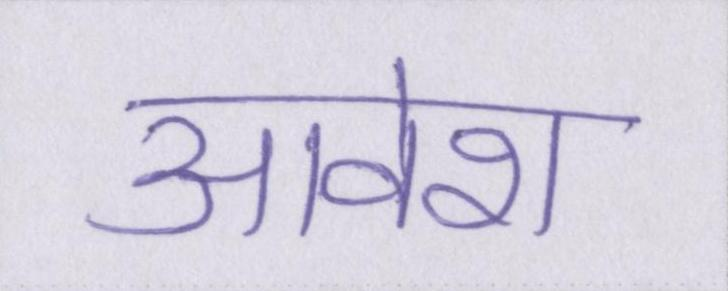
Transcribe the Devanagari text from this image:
आवेश